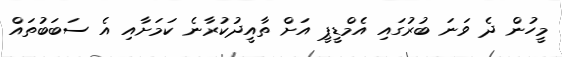
މީހުން ދެ ވަނަ ބުރުގައި އެމްޑީޕީ އަށް ތާއީދުކުރާނެ ކަމަށާއި އެ ސަބަބުތައް